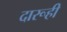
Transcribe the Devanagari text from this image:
दारूही